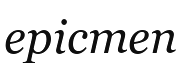
ерістеп